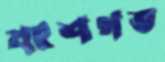
বংশগত